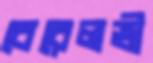
বেরেলভী